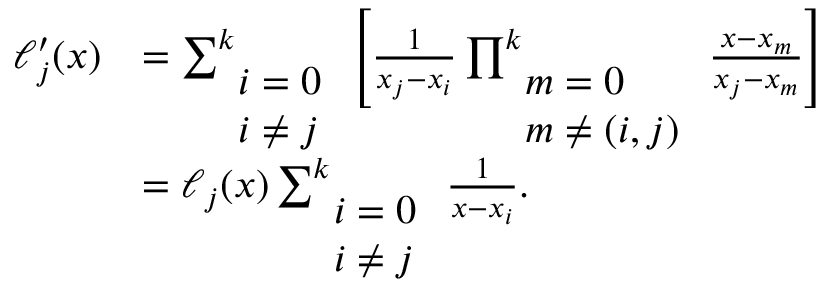
{ \begin{array} { r l } { \ell _ { j } ^ { \prime } ( x ) } & { = \sum _ { \begin{array} { l } { i = 0 } \\ { i \not = j } \end{array} } ^ { k } { \Biggl [ } { \frac { 1 } { x _ { j } - x _ { i } } } \prod _ { \begin{array} { l } { m = 0 } \\ { m \not = ( i , j ) } \end{array} } ^ { k } { \frac { x - x _ { m } } { x _ { j } - x _ { m } } } { \Biggr ] } } \\ & { = \ell _ { j } ( x ) \sum _ { \begin{array} { l } { i = 0 } \\ { i \not = j } \end{array} } ^ { k } { \frac { 1 } { x - x _ { i } } } . } \end{array} }